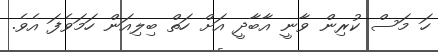
ހަ މަސް ކުރިން ވާނީ އާބާދީ އަށް ހަތް ބިލިއަން ހަމަވެފަ އެވެ.